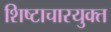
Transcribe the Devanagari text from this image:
शिष्टाचारयुक्त